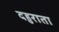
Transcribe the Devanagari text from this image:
दहुराता